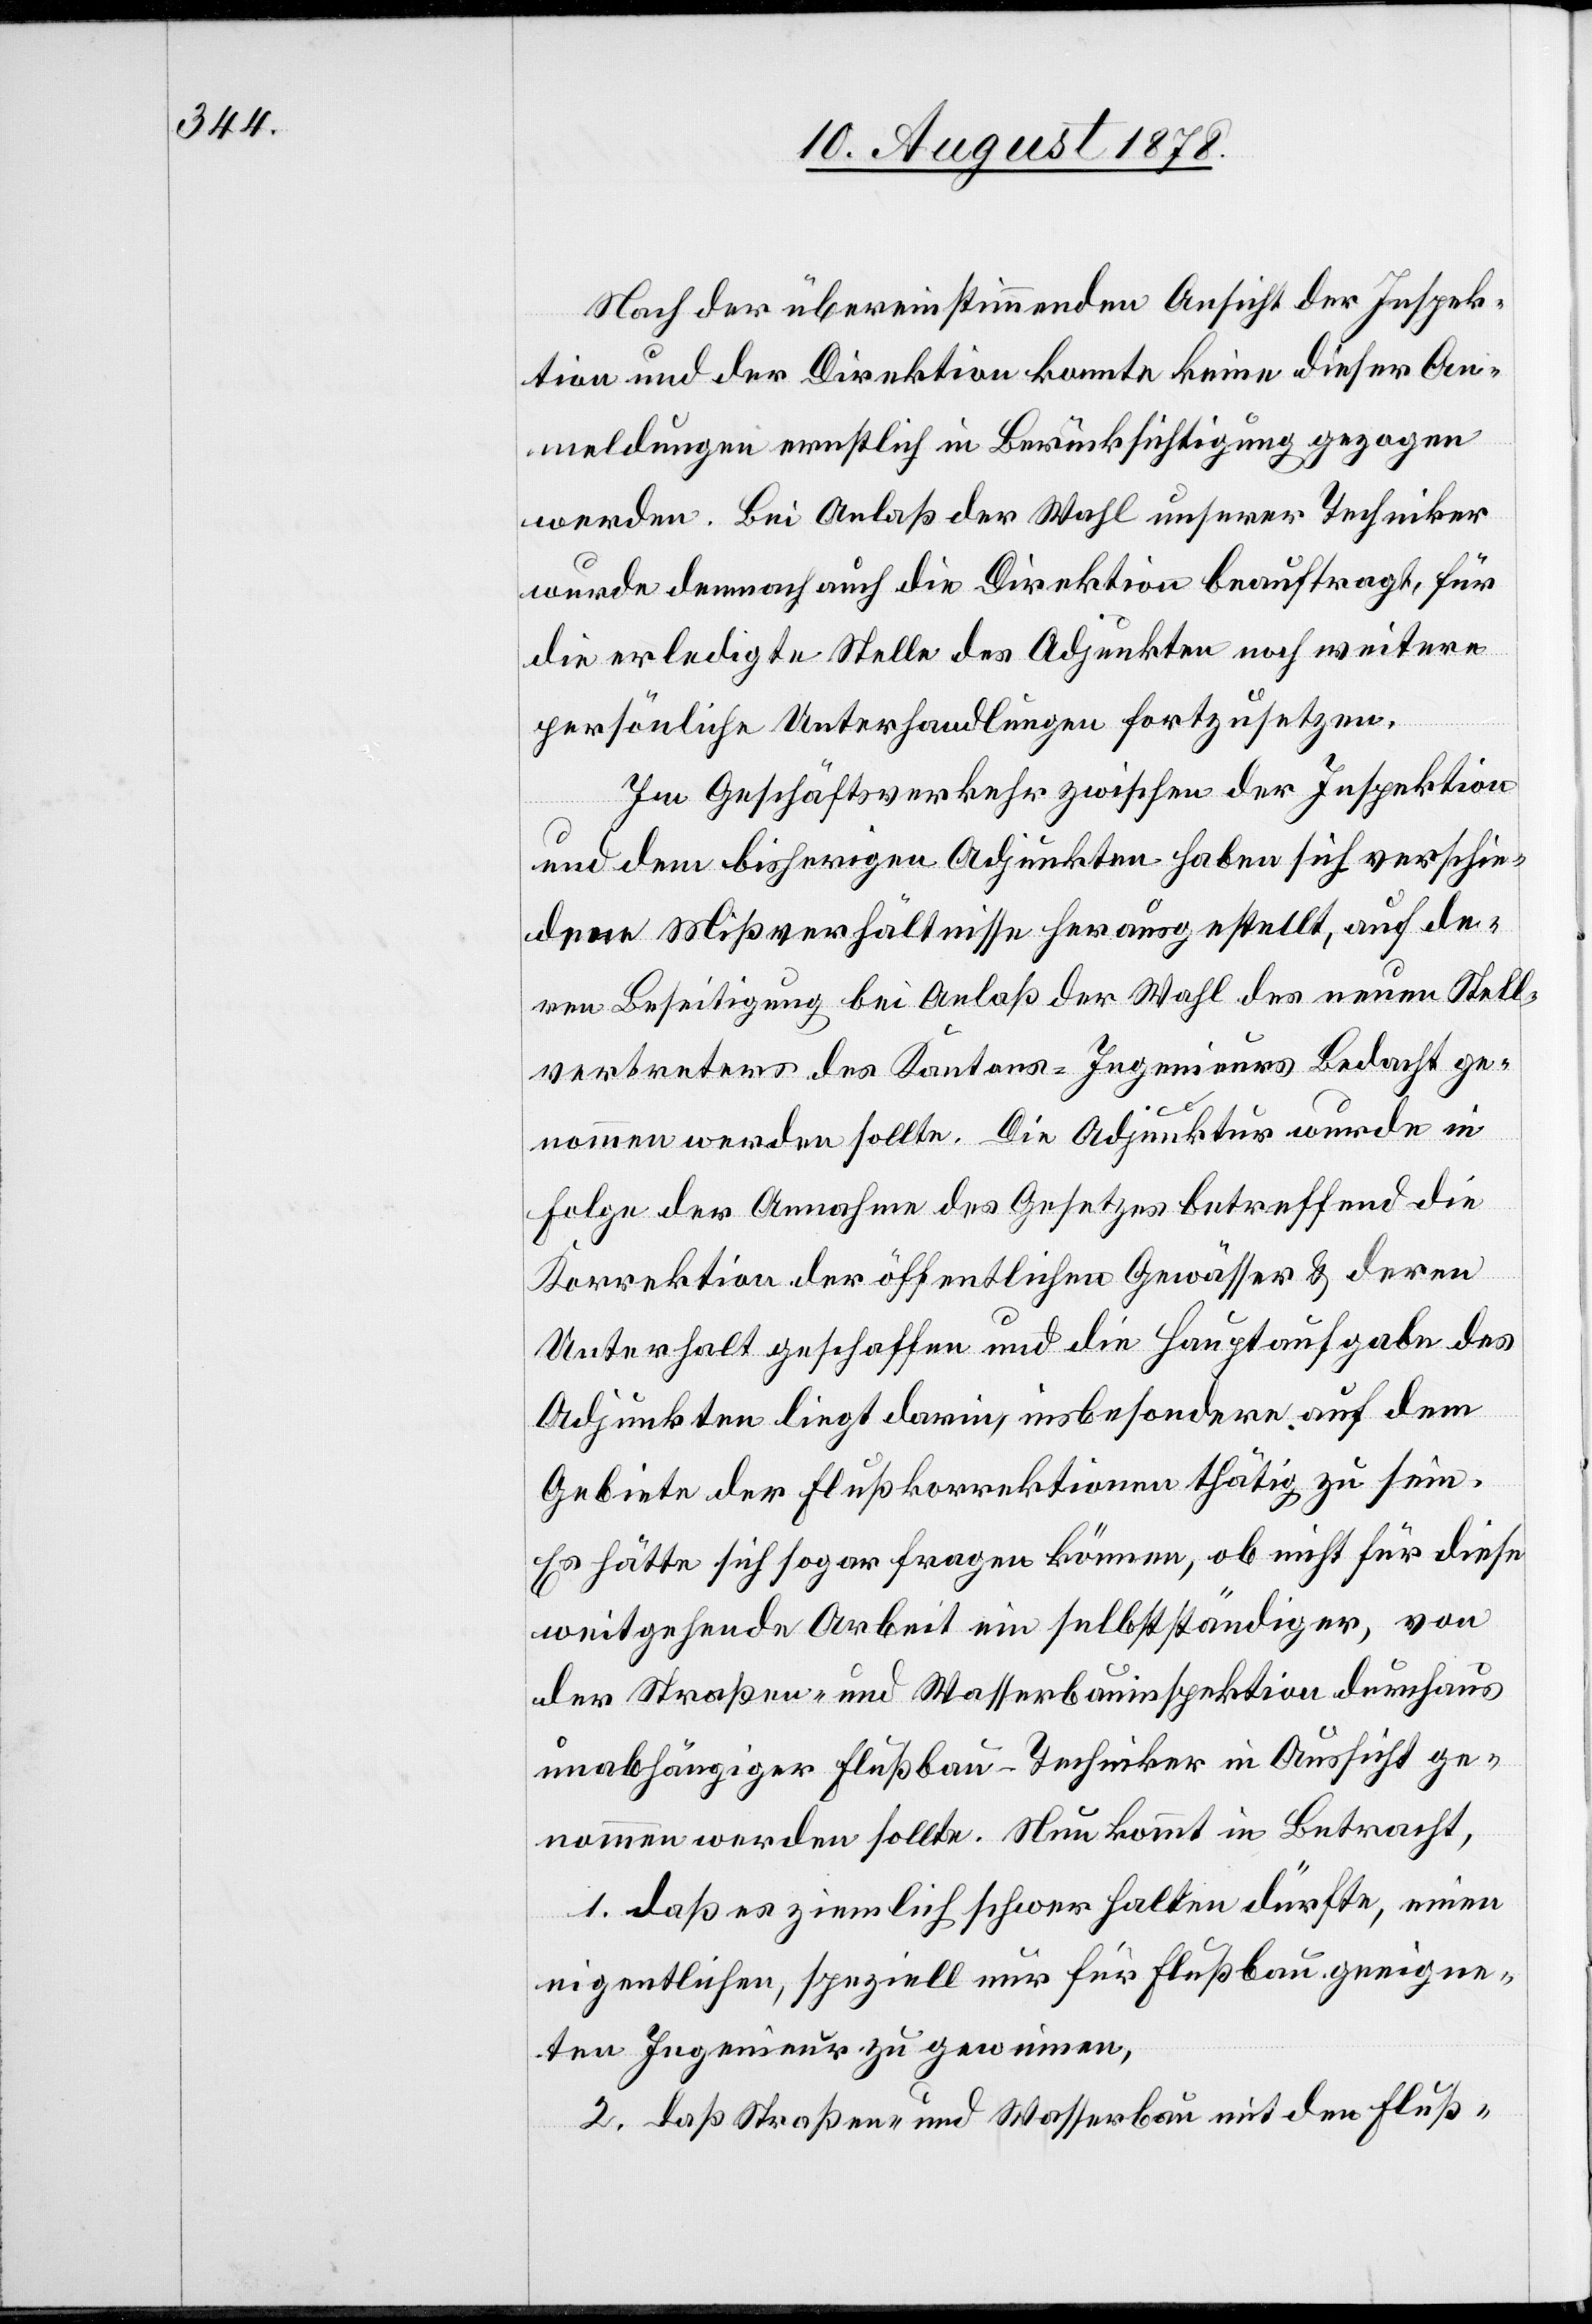
Nach der übereinstimmenden Ansicht der Inspek¬
tion und der Direktion konnte keine dieser An¬
meldungen ernstlich in Berücksichtigung gezogen
werden. Bei Anlaß der Wahl unserer Techniker
wurde demnach auch die Direktion beauftragt, für
die erledigte Stelle des Adjunkten noch weitere
persönliche Unterhandlungen fortzusetzen.
Im Geschäftsverkehr zwischen der Inspektion
und dem bisherigen Adjunkten haben sich verschie¬
dene Mißverhältnisse herausgestellt, auf de¬
ren Beseitigung bei Anlaß der Wahl des neuen Stell¬
vertreters des Kantons-Ingenieurs Bedacht ge¬
nommen werden sollte. Die Adjunktur wurde in
Folge der Annahme des Gesetzes betreffend die
Korrektion der öffentlichen Gewässer & deren
Unterhalt geschaffen und die Hauptaufgabe des
Adjunkten liegt darin, insbesondere auf dem
Gebiete der Flußkorrektionen thätig zu sein.
Es hätte sich sogar fragen können, ob nicht für diese
weitgehende Arbeit ein selbstständiger, von
der Straßen- und Wasserbauinspektion durchaus
unabhängiger Flußbau-Techniker in Aussicht ge¬
nommen werden sollte. Neu kommt in Betracht,
1. daß es ziemlich schwer halten dürfte, einen
eigentlichen, speziell nur für Flußbau geeigne¬
ten Ingenieur zu gewinnen,
2. daß Straßen- und Wasserbau mit den Fluß-